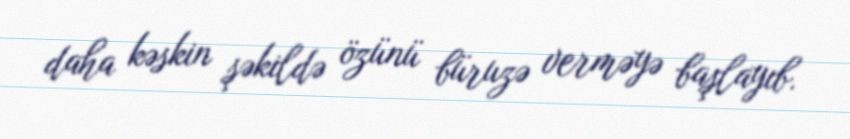
daha kəskin şəkildə özünü büruzə verməyə başlayıb.